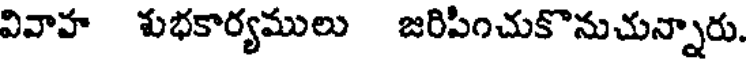
వివాహ శుభకార్యములు జరిపించుకొనుచున్నారు.